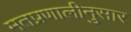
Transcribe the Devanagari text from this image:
मतप्रणालीनुसार